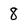
Character: 8